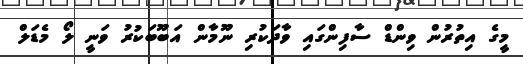
މީގެ އިތުރުން ވިންޑް ސާފިންގައި ވާދަކުރި ނޫމާން އަބޫބަކުރު ވަނީ ލޯ މެޑަލް